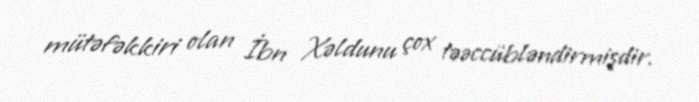
mütəfəkkiri olan İbn Xəldunu çox təəccübləndirmişdir.